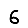
Digit: 6